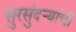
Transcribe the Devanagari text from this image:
सुरसुंदऱ्यांची